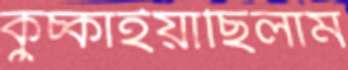
কুঁচ্‌কাইয়াছিলাম